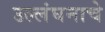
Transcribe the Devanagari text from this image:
उल्लंघनाचे